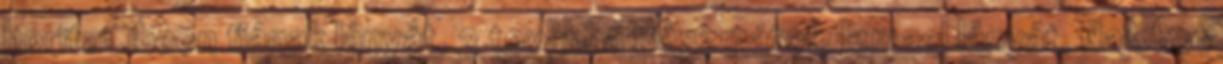
horitaCibeon fiának lányát, 3 továbbá Bászmátot, Izmael lányát, Najobot